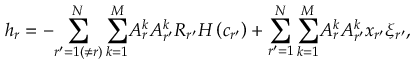
h _ { r } = - { \sum _ { r ^ { \prime } = 1 ( \neq r ) } ^ { N } \sum _ { k = 1 } ^ { M } } A _ { r } ^ { k } A _ { r ^ { \prime } } ^ { k } R _ { r ^ { \prime } } H \left( c _ { r ^ { \prime } } \right) + { \sum _ { r ^ { \prime } = 1 } ^ { N } \sum _ { k = 1 } ^ { M } } A _ { r } ^ { k } A _ { r ^ { \prime } } ^ { k } x _ { r ^ { \prime } } \xi _ { r ^ { \prime } } ,